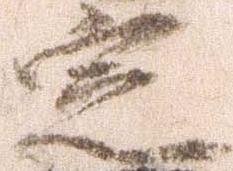
定